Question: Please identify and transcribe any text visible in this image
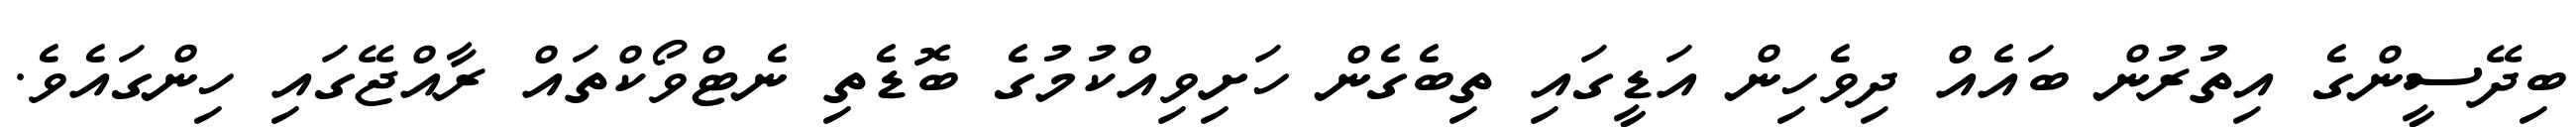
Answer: ބިދޭސީންގެ އިތުރުން ބައެއް ދިވެހިން އަޑީގައި ތިބެގެން ހަށިވިއްކުމުގެ ބޮޑެތި ނެޓްވޯކްތައް ރާއްޖޭގައި ހިންގައެވެ.